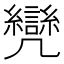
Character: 𠙳